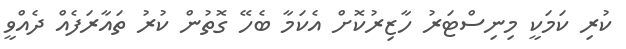
ކުރި ކަމަކީ މިނިސްޓަރު ހާޒިރުކޮށް އެކަމާ ބެހޭ ގޮތުން ކުރު ތައާރަފެއް ދެއްވީ